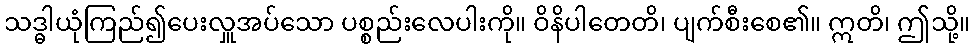
သဒ္ဓါယုံကြည်၍ပေးလှူအပ်သော ပစ္စည်းလေပါးကို။ ဝိနိပါတေတိ၊ ပျက်စီးစေ၏။ ဣတိ၊ ဤသို့။